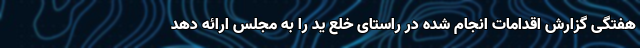
هفتگی گزارش اقدامات انجام شده در راستای خلع ید را به مجلس ارائه دهد